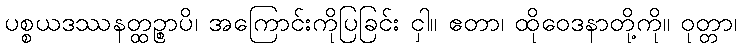
ပစ္စယဒဿနတ္ထဉ္စာပိ၊ အကြောင်းကိုပြခြင်း ငှါ။ ဧတာ၊ ထိုဝေဒနာတို့ကို။ ဝုတ္တာ၊